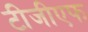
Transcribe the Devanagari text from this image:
टीजीएफ